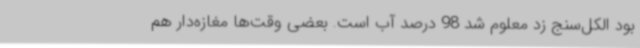
بود الکل‌سنج زد معلوم شد 98 درصد آب است. بعضی وقت‌ها مغازه‌دار هم